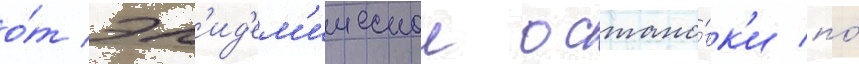
о́т эп'ид'ем'ическои остано́вк'и по́